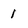
Character: 1